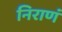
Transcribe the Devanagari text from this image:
निराणं